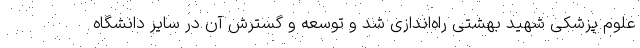
علوم پزشکی شهید بهشتی راه‌اندازی شد و توسعه و گسترش آن در سایر دانشگاه